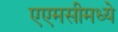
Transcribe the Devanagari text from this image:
एएमसीमध्ये